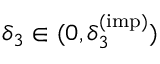
\delta _ { 3 } \in ( 0 , \delta _ { 3 } ^ { ( \mathrm { i m p } ) } )